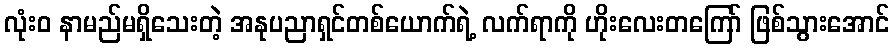
လုံးဝ နာမည်မရှိသေးတဲ့ အနုပညာရှင်တစ်ယောက်ရဲ့ လက်ရာကို ဟိုးလေးတကြော် ဖြစ်သွားအောင်